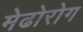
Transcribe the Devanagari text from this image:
मेढोरोग